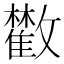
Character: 𩀼